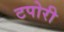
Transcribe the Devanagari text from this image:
टपोरी